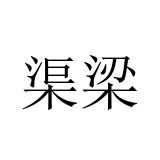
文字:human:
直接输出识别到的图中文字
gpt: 渠梁